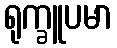
ရုက္ခူပမာ